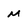
Character: m